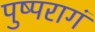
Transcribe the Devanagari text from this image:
पुष्परागं